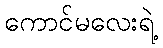
ကောင်မလေးရဲ့